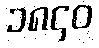
၁၈၄၀